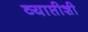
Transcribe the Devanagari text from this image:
व्याप्तीशी